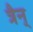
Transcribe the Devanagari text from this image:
त्रैन्